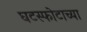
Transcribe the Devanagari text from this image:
घटस्फोटाच्या